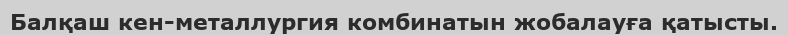
Балқаш кен-металлургия комбинатын жобалауға қатысты.